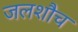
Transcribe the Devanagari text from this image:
जलशौच